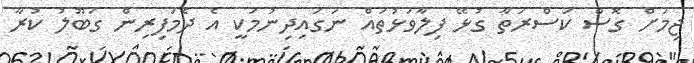
ޖިމަށް ގޮސް ކަސްރަތާ ގުޅޭ ފިލާވަޅުތައް ނަގައިދިނުމަކީ އެ ދެމަފިރިން ގަބޫލު ކުރާ